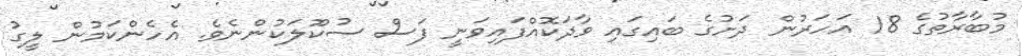
މުބާރާތުގެ 18 އަހަރުން ދަށުގެ ބައިގައި ވާދަކޮއްފައިވަނީ ފަސް ސުކޫލަކުންނެވެ. އެހެންކަމުން ލީގު